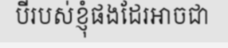
បីរបស់ខ្ញុំផងដែរអាចជា